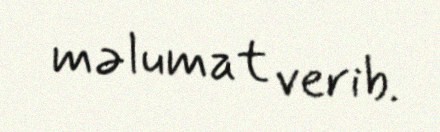
məlumat verib.